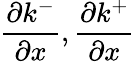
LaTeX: \frac{\partial k^{-}}{\partial x},\frac{\partial k^{+}}{\partial x}